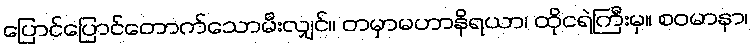
ပြောင်ပြောင်တောက်သောမီးလျှင်။ တမှာမဟာနိရယာ၊ ထိုငရဲကြီးမှ။ စဝမာနာ၊